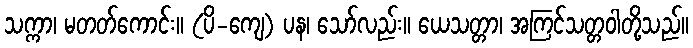
သက္ကာ၊ မတတ်ကောင်း။ (ပိ-ကျေ) ပန၊ သော်လည်း။ ယေသတ္တာ၊ အကြင်သတ္တဝါတို့သည်။